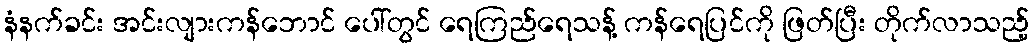
နံနက်ခင်း အင်းလျားကန်ဘောင် ပေါ်တွင် ရေကြည်ရေသန့် ကန်ရေပြင်ကို ဖြတ်ပြီး တိုက်လာသည့်